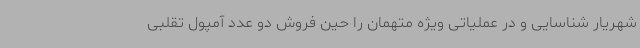
شهریار شناسایی و در عملیاتی ویژه متهمان را حین فروش دو عدد آمپول تقلبی